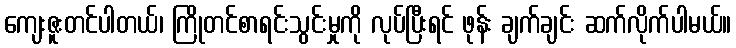
ကျေးဇူးတင်ပါတယ်၊ ကြိုတင်စာရင်းသွင်းမှုကို လုပ်ပြီးရင် ဖုန်း ချက်ချင်း ဆက်လိုက်ပါမယ်။